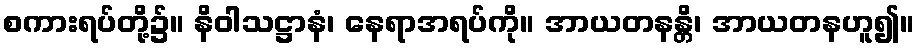
စကားရပ်တို့၌။ နိဝါသဋ္ဌာနံ၊ နေရာအရပ်ကို။ အာယတနန္တိ၊ အာယတနဟူ၍။